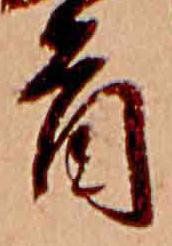
首